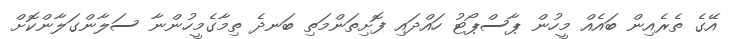
އޭގެ ތެރެއިން ބައެއް މީހުން ޕާސްޕޯޓު ހައްދައި ފޮށިތަންމަތި ބަނދެ ތިމާގެމީހުންނާ ސަލާންގަލާންކޮށް